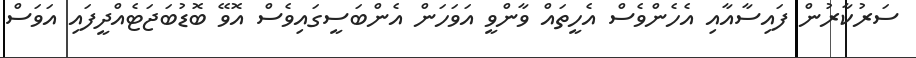
ސަރުކާރުން ފައިސާއާއި އެހެންވެސް އެހީތައް ވާންވީ އަވަހަން އެންބަސީގައިވެސް އޮވޭ ބޮޑުބަޖަޓެއްދީފައި އަވަސް